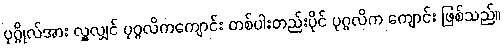
ပုဂ္ဂိုလ်အား လှူလျှင် ပုဂ္ဂလိကကျောင်း တစ်ပါးတည်းပိုင် ပုဂ္ဂလိက ကျောင်း ဖြစ်သည်။